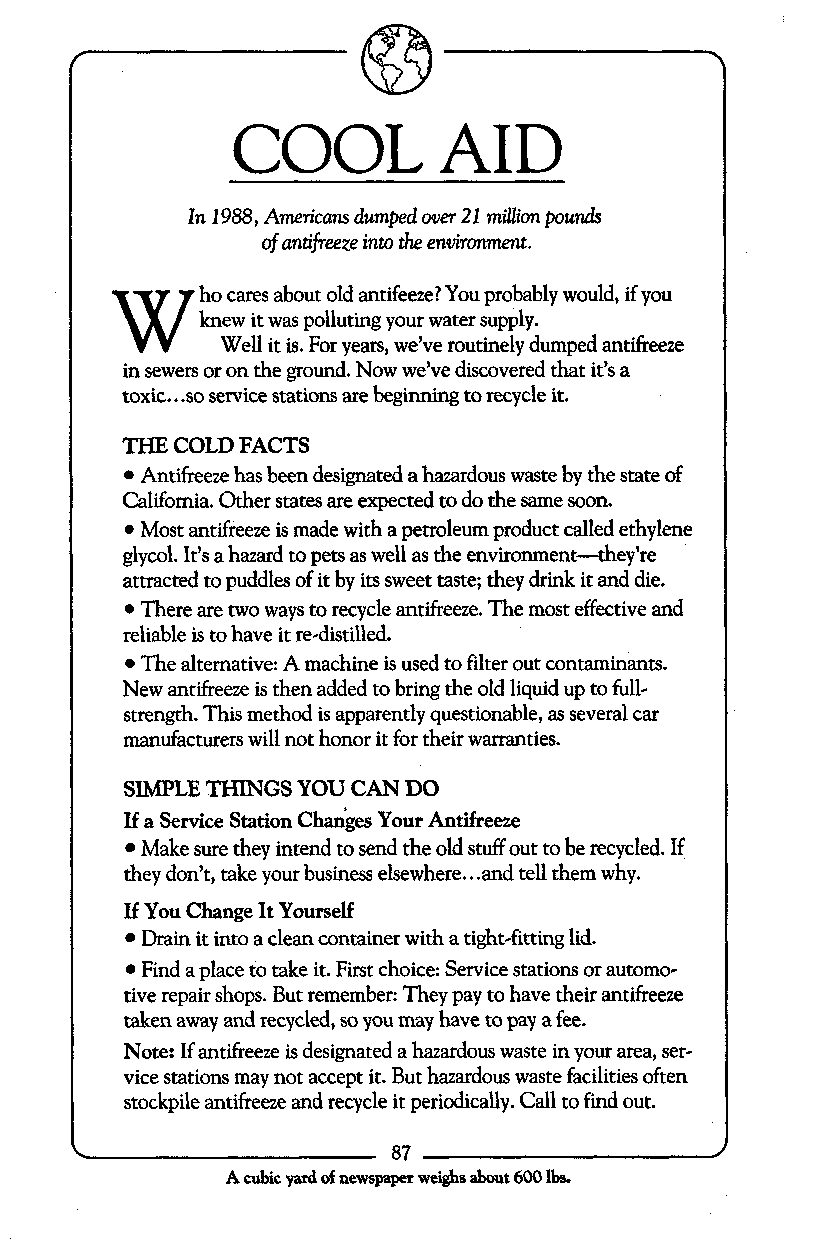
f
 COOL          AID
 In 1988, Americans dumped over 21 miUion pounds
 of antifreeze into the environment.
 ho cares about old antifeeze?Y ou probably would, if you
 knew it was polluting your water supply.
 Well it is. For years, we’ve routinely dumped antifreeze
 in sewers or on the ground. Now we’ve discovered that it’s a
 toxic.. .so service stations are beginning to recycle it.
 THE COLD FACTS
 Antifreeze has been designated a hazardous waste by the state of
 California. Other states are expected to do the same soon.
 Most antifreeze is made with a petroleum product called ethylene
 glycol. It‘s a hazard to pets as well as the environment-they’re
 attracted to puddles of it by its sweet taste; they drink it and die.
 There are two ways to recycle antifreeze. The most effective and
 reliable is to have it re-distilled.
 The alternative: A machine is used to filter out contaminants.
 New antifreeze is then added to bring the old liquid up to full-
 strength. This method is apparently questionable, as several car
 manufacturers will not honor it for their warranties.
 SWLET  HINGS YOU CAN DO
 If a Service Station Changes Your Antifreeze
 Make sure they intend to send the old stuff out to be recycled. If
 they don’t, take your business elsewhere.. .and tell them why.
 If You Change It Yourself
 Draii it into a clean container with a tight-fitting Lid.
 Find a place to take it. First choice: Service stations or automo-
 tive repair shops. But remember: They pay to have their antifreeze
 taken away and recycled, so you may have to pay a fee.
 Note: If antifreeze is designated a hazardous waste in your area, ser-
 vice stations may not accept it. But hazardous waste facilities often
 stockpile antifreeze and recycle it periodically. Call to find out.
 l
 fi
 87
 A cubic yard of newspaper weighs about 600 lbs.